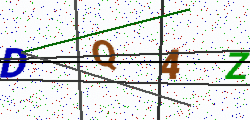
Text: DQ4Z